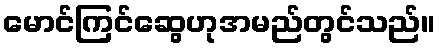
မောင်ကြင်ဆွေဟုအမည်တွင်သည်။